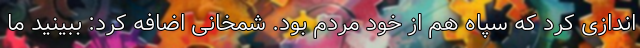
اندازی کرد که سپاه هم از خود مردم بود. شمخانی اضافه کرد: ببینید ما